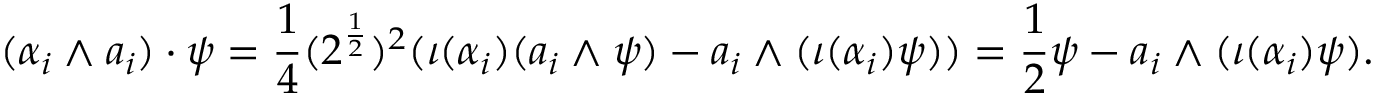
( \alpha _ { i } \wedge a _ { i } ) \cdot \psi = { \frac { 1 } { 4 } } ( 2 ^ { \frac { 1 } { 2 } } ) ^ { 2 } ( \iota ( \alpha _ { i } ) ( a _ { i } \wedge \psi ) - a _ { i } \wedge ( \iota ( \alpha _ { i } ) \psi ) ) = { \frac { 1 } { 2 } } \psi - a _ { i } \wedge ( \iota ( \alpha _ { i } ) \psi ) .